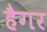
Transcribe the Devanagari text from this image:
हैगर